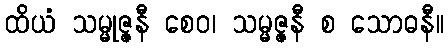
ထိယံ သမ္မုဇ္ဇနီ စေဝ၊ သမ္မဇ္ဇနီ စ သောဓနီ။